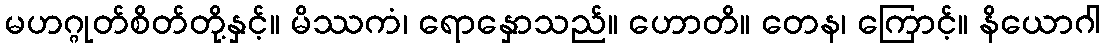
မဟဂ္ဂုတ်စိတ်တို့နှင့်။ မိဿကံ၊ ရောနှောသည်။ ဟောတိ။ တေန၊ ကြောင့်။ နိယောဂါ